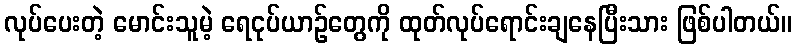
လုပ်ပေးတဲ့ မောင်းသူမဲ့ ရေငုပ်ယာဉ်တွေကို ထုတ်လုပ်ရောင်းချနေပြီးသား ဖြစ်ပါတယ်။